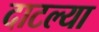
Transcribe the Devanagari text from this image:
दाटल्या